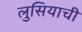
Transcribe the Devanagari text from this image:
लुसियाची